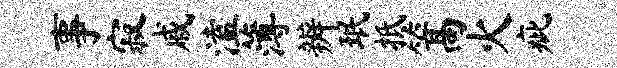
事寂戚溘薄辨珉抵篙火疵